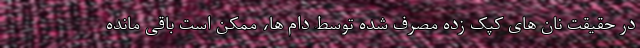
در حقیقت نان های کپک زده مصرف شده توسط دام ها، ممکن است باقی مانده